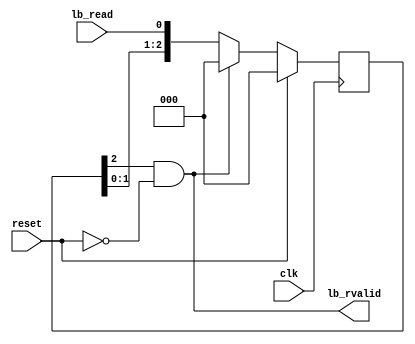
module lb_reading #(
	parameter READ_DELAY=3
) (
	input clk,
	input reset,
	input lb_read,
	output lb_rvalid
);

reg [READ_DELAY-1:0] shift=0;
reg reading_r=0;
always @(posedge clk)
	if (reset) begin
		reading_r <= 0;
		shift <= 0;
	end else begin
		if (lb_read) reading_r <= 1;
		if (lb_rvalid) reading_r <= 0;
		shift <= lb_rvalid ? 0 : {shift[READ_DELAY-2:0], lb_read};
	end

assign lb_rvalid = shift[READ_DELAY-1] & ~reset;

endmodule